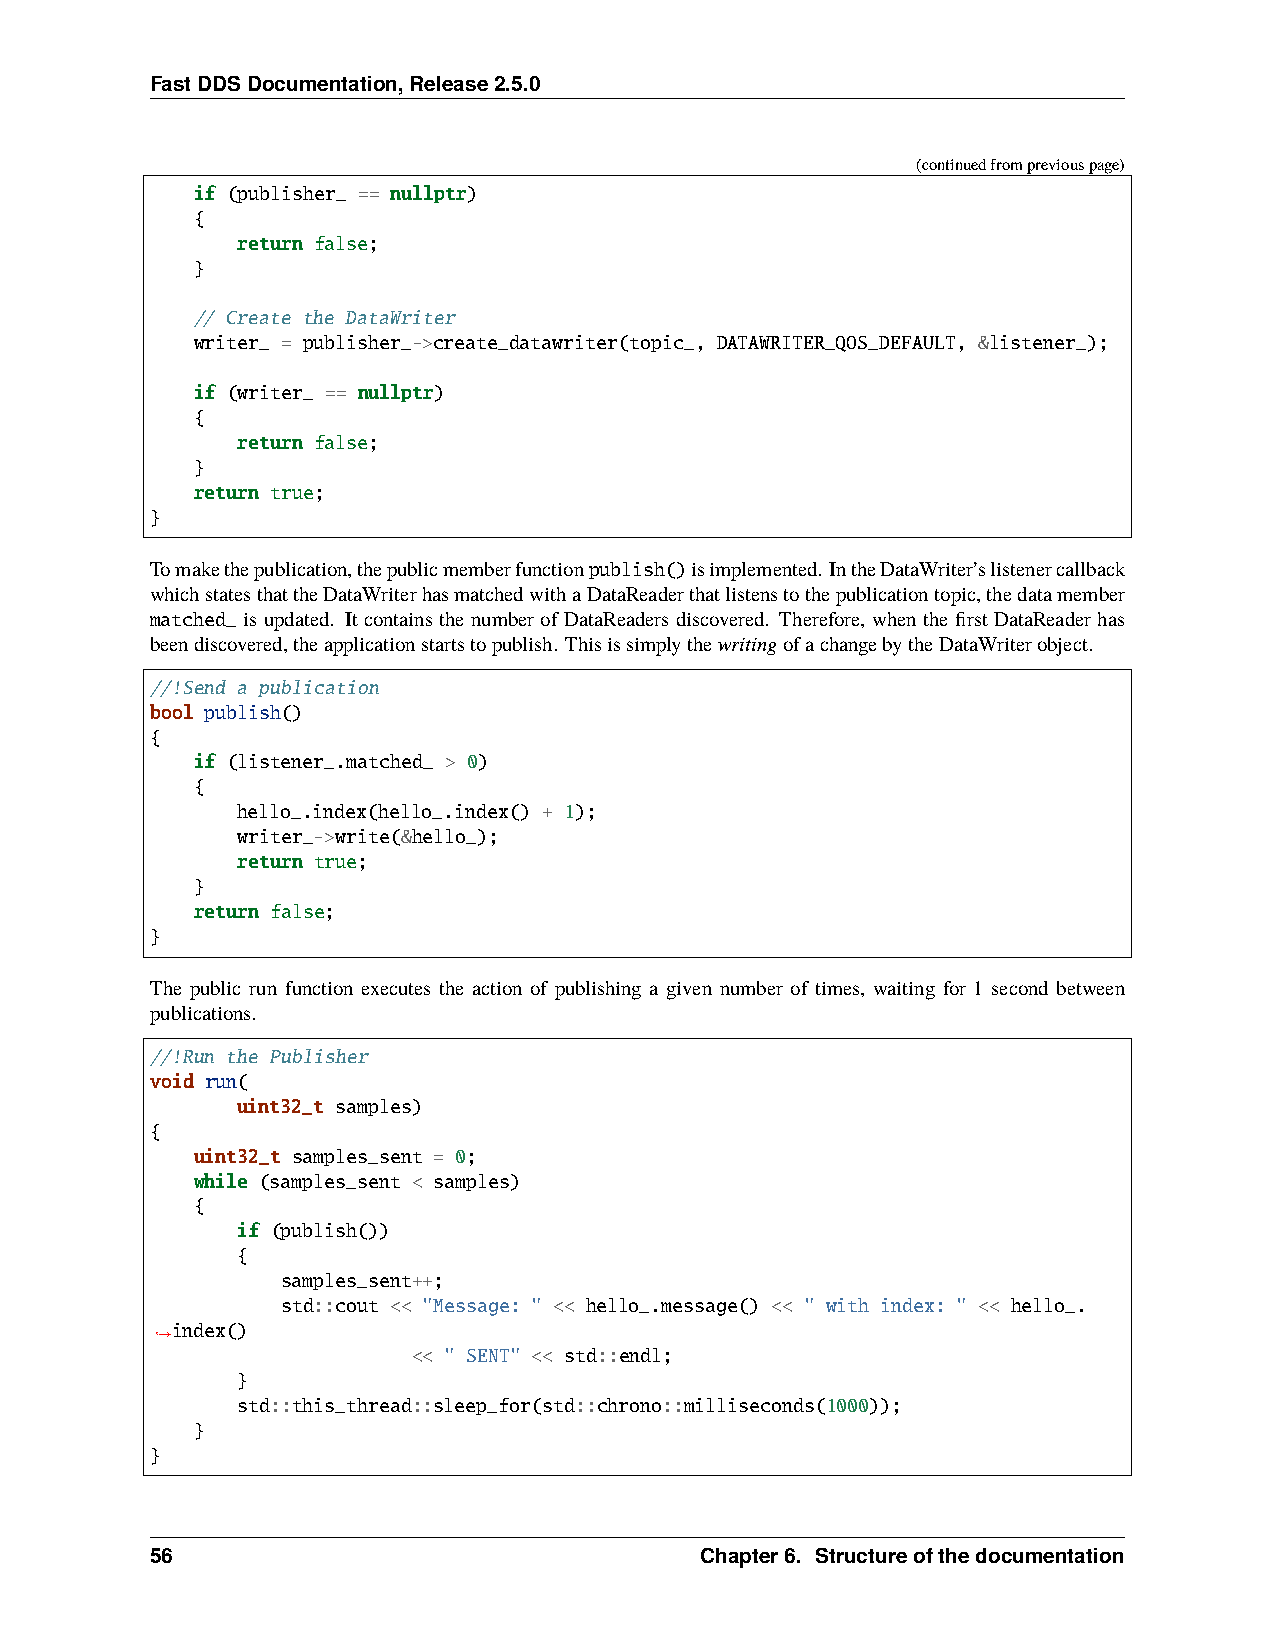
FastDDSDocumentation,Release2.5.0
 (continuedfrompreviouspage)
 if (publisher_ == nullptr)
 {
 return false;
 }
 // Create the DataWriter
 writer_ = publisher_->create_datawriter(topic_, DATAWRITER_QOS_DEFAULT, &listener_);
 if (writer_ == nullptr)
 {
 return false;
 }
 return true;
 }
 Tomakethepublication,thepublicmemberfunctionpublish()isimplemented. IntheDataWriter’slistenercallback
 whichstatesthattheDataWriterhasmatchedwithaDataReaderthatlistenstothepublicationtopic,thedatamember
 matched_ is updated. It contains the number of DataReaders discovered. Therefore, when the first DataReader has
 beendiscovered,theapplicationstartstopublish. ThisissimplythewritingofachangebytheDataWriterobject.
 //!Send a publication
 bool publish()
 {
 if (listener_.matched_ > 0)
 {
 hello_.index(hello_.index() + 1);
 writer_->write(&hello_);
 return true;
 }
 return false;
 }
 The public run function executes the action of publishing a given number of times, waiting for 1 second between
 publications.
 //!Run the Publisher
 void run(
 uint32_t samples)
 {
 uint32_t samples_sent = 0;
 while (samples_sent < samples)
 {
 if (publish())
 {
 samples_sent++;
 std::cout << "Message: " << hello_.message() << " with index: " << hello_.
 index()
 ˓→
 << " SENT" << std::endl;
 }
 std::this_thread::sleep_for(std::chrono::milliseconds(1000));
 }
 }
 56                                  Chapter6. Structureofthedocumentation